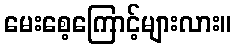
မေးစေ့ကြောင့်များလား။